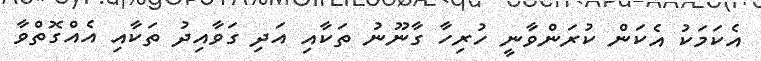
އެކަމަކު އެކަން ކުރަންވާނީ ހުރިހާ ގާނޫނު ތަކާއި އަދި ގަވާއިދު ތަކާއި އެއްގޮތްވާ